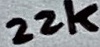
Text: 22k